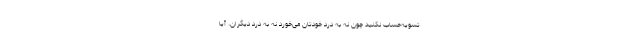
تسویه‌حساب نکنید چون نه به درد خودتان می‌خورد نه به درد دیگران. آیا